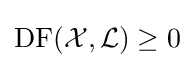
\operatorname {DF} ({\mathcal {X}},{\mathcal {L}})\geq 0